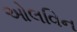
ઓલવિન